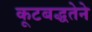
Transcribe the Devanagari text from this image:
कूटबद्धतेने